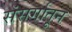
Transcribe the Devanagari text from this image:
संसर्गातून